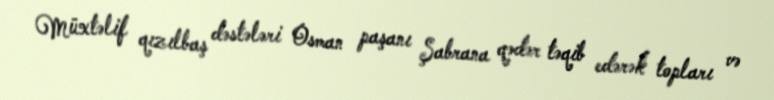
Müxtəlif qızılbaş dəstələri Osman paşanı Şabrana qədər təqib edərək topları və